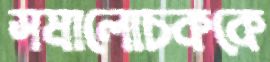
সমালোচককে